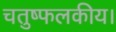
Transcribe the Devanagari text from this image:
चतुष्फलकीय।